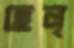
হেল্‌